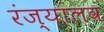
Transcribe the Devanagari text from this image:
रंज्यालव